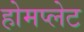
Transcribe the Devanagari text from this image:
होमप्लेट